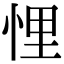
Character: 悝